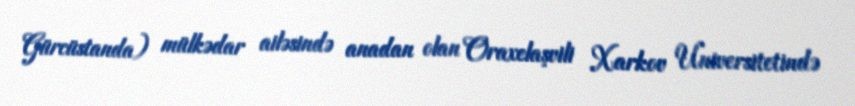
Gürcüstanda) mülkədar ailəsində anadan olan Oraxelaşvili Xarkov Universitetində